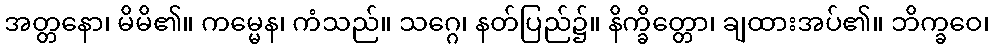
အတ္တနော၊ မိမိ၏။ ကမ္မေန၊ ကံသည်။ သဂ္ဂေ၊ နတ်ပြည်၌။ နိက္ခိတ္တော၊ ချထားအပ်၏။ ဘိက္ခဝေ၊